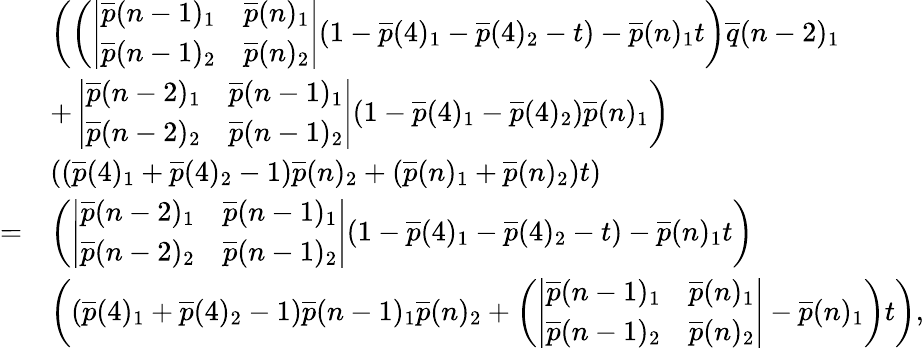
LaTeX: \begin{array}{rl}&{\left(\left(\left|\begin{array}{ll}{\overline{{p}}(n-1)_{1}}&{\overline{{p}}(n)_{1}}\\ {\overline{{p}}(n-1)_{2}}&{\overline{{p}}(n)_{2}}\end{array}\right|(1-\overline{{p}}(4)_{1}-\overline{{p}}(4)_{2}-t)-\overline{{p}}(n)_{1}t\right)\overline{{q}}(n-2)_{1}\right.}\\ &{\left.+\left|\begin{array}{ll}{\overline{{p}}(n-2)_{1}}&{\overline{{p}}(n-1)_{1}}\\ {\overline{{p}}(n-2)_{2}}&{\overline{{p}}(n-1)_{2}}\end{array}\right|(1-\overline{{p}}(4)_{1}-\overline{{p}}(4)_{2})\overline{{p}}(n)_{1}\right)}\\ &{((\overline{{p}}(4)_{1}+\overline{{p}}(4)_{2}-1)\overline{{p}}(n)_{2}+(\overline{{p}}(n)_{1}+\overline{{p}}(n)_{2})t)}\\ {=}&{\left(\left|\begin{array}{ll}{\overline{{p}}(n-2)_{1}}&{\overline{{p}}(n-1)_{1}}\\ {\overline{{p}}(n-2)_{2}}&{\overline{{p}}(n-1)_{2}}\end{array}\right|(1-\overline{{p}}(4)_{1}-\overline{{p}}(4)_{2}-t)-\overline{{p}}(n)_{1}t\right)}\\ &{\left((\overline{{p}}(4)_{1}+\overline{{p}}(4)_{2}-1)\overline{{p}}(n-1)_{1}\overline{{p}}(n)_{2}+\left(\left|\begin{array}{ll}{\overline{{p}}(n-1)_{1}}&{\overline{{p}}(n)_{1}}\\ {\overline{{p}}(n-1)_{2}}&{\overline{{p}}(n)_{2}}\end{array}\right|-\overline{{p}}(n)_{1}\right)t\right),}\end{array}